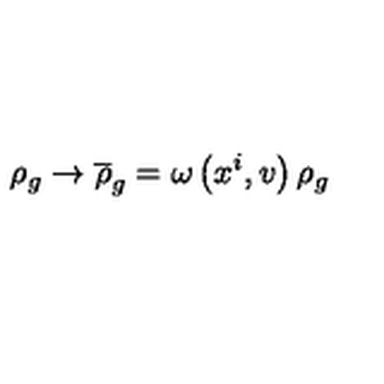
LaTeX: \rho _ { g } \rightarrow \overline { { \rho } } _ { g } = \omega \left( x ^ { i } , v \right) \rho _ { g }